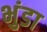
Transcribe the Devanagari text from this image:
भुंडा